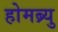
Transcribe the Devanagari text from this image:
होमब्र्यु